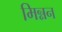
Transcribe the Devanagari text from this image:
मिन्नन